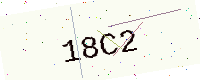
Text: 18C2